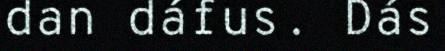
dan dáfus. Dás